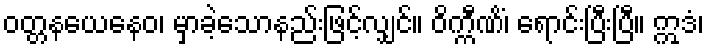
ဝတ္တနယေနေဝ၊ မှာခဲ့သောနည်းဖြင့်လျှင်။ ဝိက္ကီဏိံ၊ ရောင်းပြီးပြီ။ ဣဒံ၊